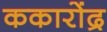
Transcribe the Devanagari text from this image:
ककारोंद्र